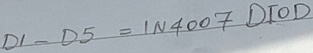
Text: D1-D5=IN4007DIOD